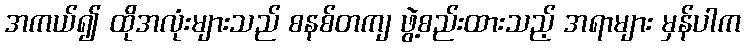
အကယ်၍ ထိုအလုံးများသည် စနစ်တကျ ဖွဲ့စည်းထားသည့် အရာများ မှန်ပါက